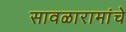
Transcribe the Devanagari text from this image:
सावळारामांचे